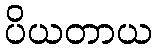
ပိယတာယ